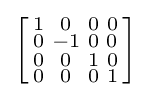
\left[{\begin{smallmatrix}1&0&0&0\\0&-1&0&0\\0&0&1&0\\0&0&0&1\end{smallmatrix}}\right]